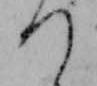
つ